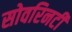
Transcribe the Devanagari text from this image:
सोवरिनटी